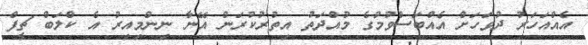
އެއްއަހަރު ދުވަހަށް އެއްބަސްވުމުގެ މުއްދަތު އިތުރުކުރަން އޭނާ ނިންމިއިރު އެ ކްލަބް ޗީފް